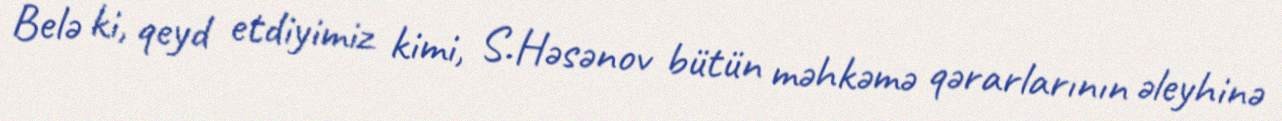
Belə ki, qeyd etdiyimiz kimi, S.Həsənov bütün məhkəmə qərarlarının əleyhinə